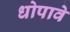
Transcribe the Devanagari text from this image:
धोपावे